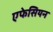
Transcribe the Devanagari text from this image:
एफेसियन